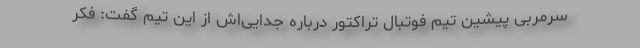
سرمربی پیشین تیم فوتبال تراکتور درباره جدایی‌اش از این تیم گفت: فکر